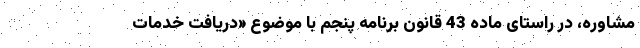
مشاوره، در راستای ماده 43 قانون برنامه پنجم با موضوع «دریافت خدمات